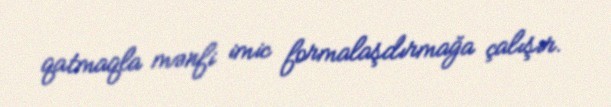
qatmaqla mənfi imic formalaşdırmağa çalışır.